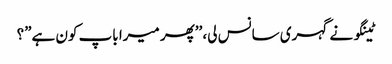
ٹینگو نے گہری سانس لی، ’’پھر میرا باپ کون ہے”؟